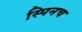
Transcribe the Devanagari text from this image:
स्पिनच